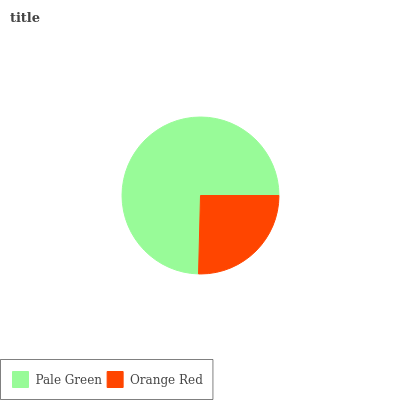
| Pale Green | Orange Red |
 | --- | --- |
 | 74.6% | 25.4% |